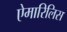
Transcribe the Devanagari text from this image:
ऐमारिलिस